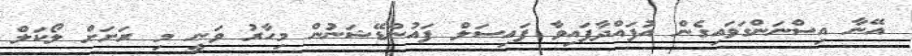
އޭނާ އިސްނަންގަވައިގެން އުފައްދާފައިވާ ފައިސަލް ފައުންޑޭޝަނުން މިހާރު ވަނީ މި ރަށަށް ލޯކަލް